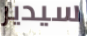
سيدير